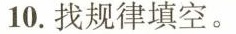
10.找规律填空。